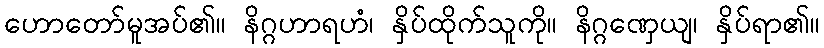
ဟောတော်မူအပ်၏။ နိဂ္ဂဟာရဟံ၊ နှိပ်ထိုက်သူကို။ နိဂ္ဂဏှေယျ၊ နှိပ်ရာ၏။